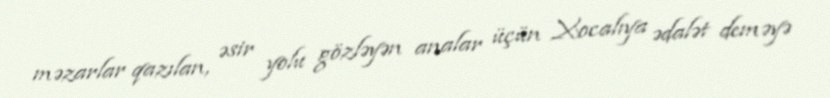
məzarlar qazılan, əsir yolu gözləyən analar üçün Xocalıya ədalət deməyə